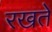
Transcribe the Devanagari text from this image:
रखतेें